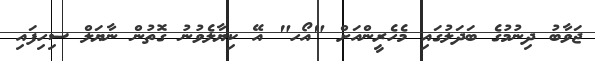
ޖަވާބު ދިނުމުގެ ބަދަލުގައި މެހެރީންއަށް "އޯހ" އޭ ކިޔާލެވުނު ގޮތުން ނާޔަލް ސިހިފައި